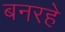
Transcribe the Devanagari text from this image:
बनरहे